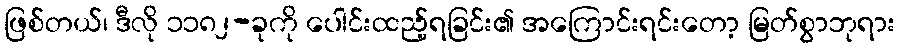
ဖြစ်တယ်၊ ဒီလို ၁၁၈၂-ခုကို ပေါင်းထည့်ရခြင်း၏ အကြောင်းရင်းတော့ မြတ်စွာဘုရား